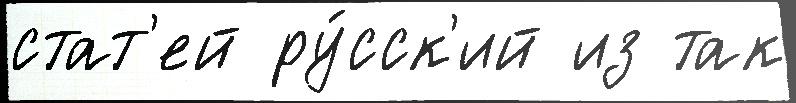
стат'ей ру́сск'ий из так